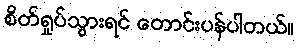
စိတ်ရှုပ်သွားရင် တောင်းပန်ပါတယ်။